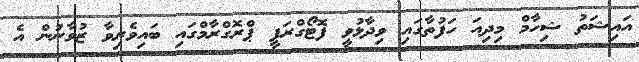
އައިޝަތު ޝިހާމް މިދިއަ ހަފުތާގައި ވިދާޅުވީ ފޮޓޯގްރަފީ ޕްރޮގްރާމްގައި ބައިވެރިވާ ޒުވާނުން އެ